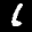
Label: 6